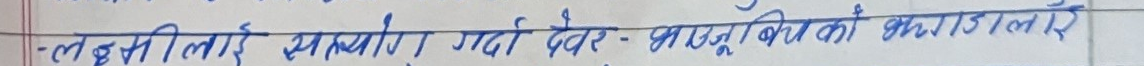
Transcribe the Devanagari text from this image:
-लईसेतलाई सहयोग गर्दो दे:- माजूँरुकिको कराडालेर